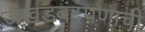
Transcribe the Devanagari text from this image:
जखडबंदपणाची